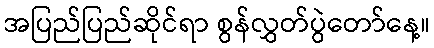
အပြည်ပြည်ဆိုင်ရာ စွန်လွှတ်ပွဲတော်နေ့။